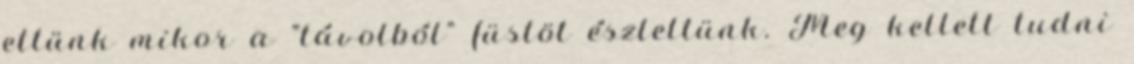
ettünk mikor a "távolból" füstöt észleltünk. Meg kellett tudni